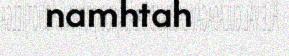
namhtah